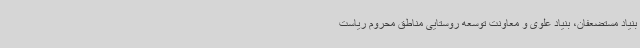
بنیاد مستضعفان، بنیاد علوی و معاونت توسعه روستایی مناطق محروم ریاست